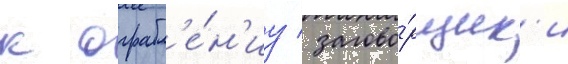
к ограбл'е́н'иу / загово́рщик'и